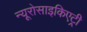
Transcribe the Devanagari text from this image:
न्यूरोसाइकिएट्री